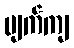
ပျက်ကျ